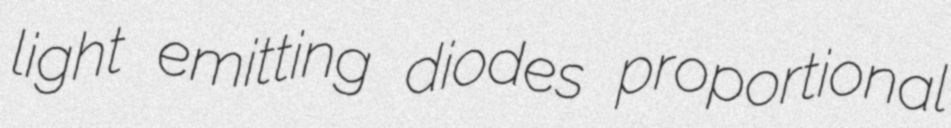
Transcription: light emitting diodes proportional